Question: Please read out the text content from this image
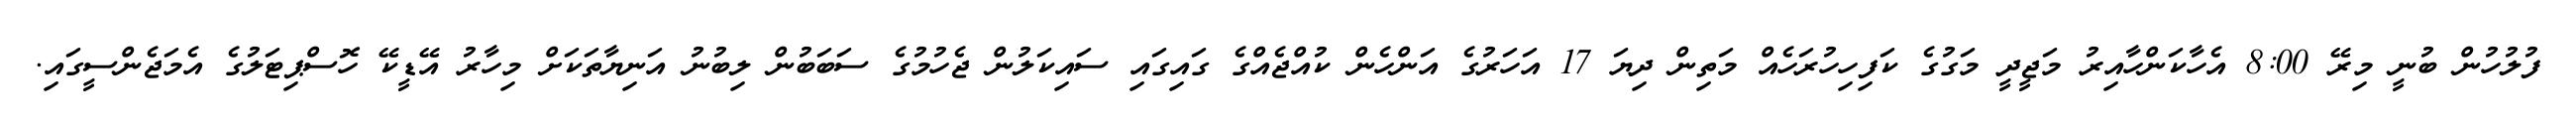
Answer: ފުލުހުން ބުނީ މިރޭ 8:00 އެހާކަންހާއިރު މަޖީދީ މަގުގެ ކަފިހިހުރަހެއް މަތިން ދިޔަ 17 އަހަރުގެ އަންހެން ކުއްޖެއްގެ ގައިގައި ސައިކަލުން ޖެހުމުގެ ސަބަބުން ލިބުނު އަނިޔާތަކަށް މިހާރު އޭޑީކޭ ހޮސްޕިޓަލުގެ އެމަޖެންސީގައި.